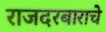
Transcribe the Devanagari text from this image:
राजदरबाराचे